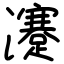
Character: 瀽